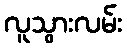
လူသွားလမ်း